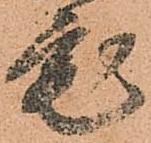
宅